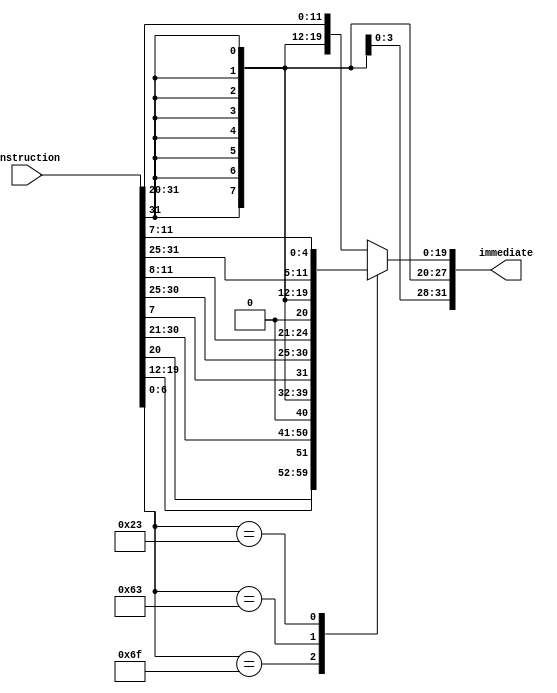
module immediateGenerator(
  input      [31:0] instruction,
  output reg [31:0] immediate
);

  parameter JAL_OPCODE       = 7'b1101111;
  parameter JALR_OPCODE      = 7'b1100111;
  parameter BNE_BEQ_OPCODE   = 7'b1100011;
  parameter ADDI_SLLI_OPCODE = 7'b0010011;
  parameter SW_OPCODE        = 7'b0100011;
  parameter LW_OPCODE        = 7'b0000011;

  wire [6:0] opcode = instruction[6:0];

  always @ (*) begin
    case (opcode)
      JAL_OPCODE:       immediate = {{20{instruction[31]}}, instruction[19:12], instruction[20], instruction[30:21], 1'b0}; // untested
      JALR_OPCODE:      immediate = {{20{instruction[31]}}, instruction[31:20]};                                            // untested
		BNE_BEQ_OPCODE:   immediate = {{20{instruction[31]}}, instruction[7], instruction[30:25], instruction[11:8], 1'b0};   // untested
      ADDI_SLLI_OPCODE: immediate = {{20{instruction[31]}}, instruction[31:20]};
      SW_OPCODE:        immediate = {{20{instruction[31]}}, instruction[31:25], instruction[11:7]};
      default:          immediate = {{20{instruction[31]}}, instruction[31:20]};
    endcase
  end

endmodule